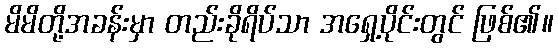
မိမိတို့အခန်းမှာ တည်းခိုရိပ်သာ အရှေ့ပိုင်းတွင် ဖြစ်၏။